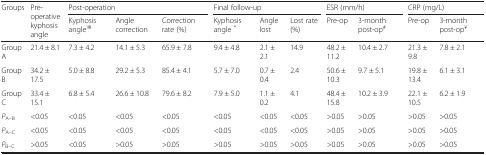
| <ROWSPAN=2> Groups | <ROWSPAN=2> Pre-operative kyphosis angle | <COLSPAN=3> Post-operation | <COLSPAN=3> Final follow-up | <COLSPAN=2> ESR (mm/h) | <COLSPAN=2> CRP (mg/L) |
 | Kyphosis angle※ | Angle correction | Correction rate (%) | Kyphosis angle * | Angle lost | Lost rate (%) | Pre-op | 3-month post-op# | Pre-op | 3-month post-op¥ |
 | --- | --- | --- | --- | --- | --- | --- | --- | --- | --- | --- | --- |
 | Group A | 21.4 ± 8.1 | 7.3 ± 4.2 | 14.1 ± 5.3 | 65.9 ± 7.8 | 9.4 ± 4.8 | 2.1 ± 2.1 | 14.9 | 48.2 ± 11.2 | 10.4 ± 2.7 | 21.3 ± 9.8 | 7.8 ± 2.1 |
 | Group B | 34.2 ± 17.5 | 5.0 ± 8.8 | 29.2 ± 5.3 | 85.4 ± 4.1 | 5.7 ± 7.0 | 0.7 ± 0.4 | 2.4 | 50.6 ± 10.3 | 9.7 ± 5.1 | 19.8 ± 13.4 | 6.1 ± 3.1 |
 | Group C | 33.4 ± 15.1 | 6.8 ± 5.4 | 26.6 ± 10.8 | 79.6 ± 8.2 | 7.9 ± 5.0 | 1.1 ± 0.2 | 4.1 | 48.4 ± 15.8 | 10.2 ± 3.9 | 22.1 ± 10.5 | 6.2 ± 1.9 |
 | PA–B | <0.05 | <0.05 | <0.05 | <0.05 | <0.05 | <0.05 | <0.05 | >0.05 | >0.05 | >0.05 | >0.05 |
 | PA–C | <0.05 | <0.05 | <0.05 | <0.05 | <0.05 | <0.05 | <0.05 | >0.05 | >0.05 | >0.05 | >0.05 |
 | PB–C | >0.05 | <0.05 | >0.05 | >0.05 | >0.05 | >0.05 | >0.05 | >0.05 | >0.05 | >0.05 | >0.05 |